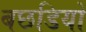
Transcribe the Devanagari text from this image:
बछडियों